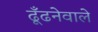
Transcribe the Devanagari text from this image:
ढूँढनेवाले